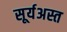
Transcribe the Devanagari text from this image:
सूर्यअस्त